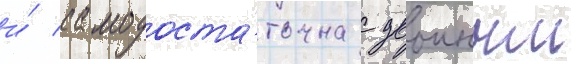
и́ самодоста́точна с двоиным